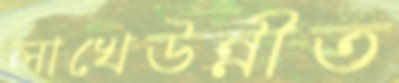
লাখেউন্নীত